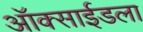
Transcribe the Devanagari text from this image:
ऑक्साईडला